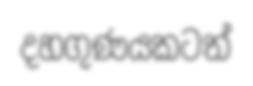
දහගුණයකටත්